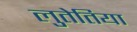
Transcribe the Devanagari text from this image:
लुतेतिया